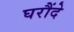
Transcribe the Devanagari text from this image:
घरौंदे